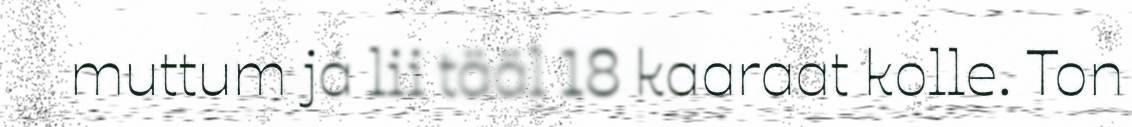
muttum já lii tääl 18 kaaraat kolle. Ton